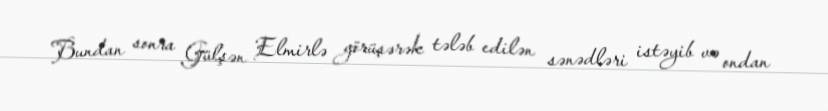
Bundan sonra Gülşən Elmirlə görüşərək tələb edilən sənədləri istəyib və ondan